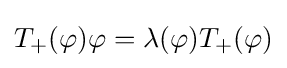
T_{+}(\varphi )\varphi =\lambda (\varphi )T_{+}(\varphi )